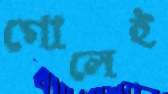
গোলেই